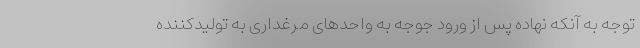
توجه به آنکه نهاده پس از ورود جوجه به واحدهای مرغداری به تولیدکننده